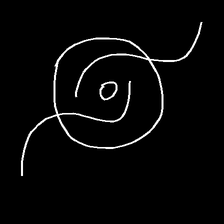
Glyph: repetition